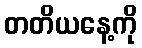
တတိယနေ့ကို